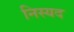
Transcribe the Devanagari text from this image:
निस्यद